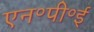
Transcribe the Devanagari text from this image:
एन॰पी॰ई